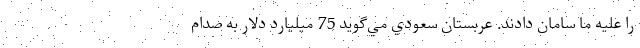
را عليه ما سامان دادند. عربستان سعودي مي‌گويد 75 ميليارد دلار به صدام